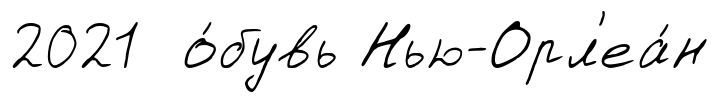
2021 о́бувь Нью-Орл'еа́н